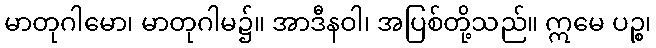
မာတုဂါမော၊ မာတုဂါမ၌။ အာဒီနဝါ၊ အပြစ်တို့သည်။ ဣမေ ပဉ္စ၊